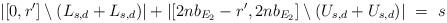
LaTeX: \begin{align*} |[0,r'] \setminus (L_{s,d} + L_{s,d})| + |[2nb_{E_2}-r',2nb_{E_2}] \setminus (U_{s,d}+U_{s,d})|\ =\ s\end{align*}